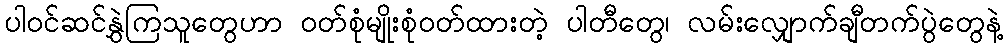
ပါဝင်ဆင်နွှဲကြသူတွေဟာ ဝတ်စုံမျိုးစုံဝတ်ထားတဲ့ ပါတီတွေ၊ လမ်းလျှောက်ချီတက်ပွဲတွေနဲ့